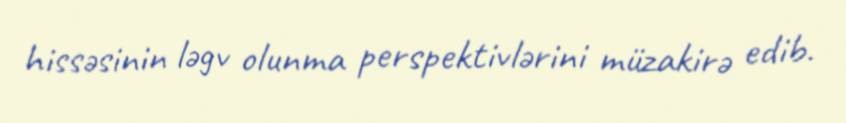
hissəsinin ləgv olunma perspektivlərini müzakirə edib.